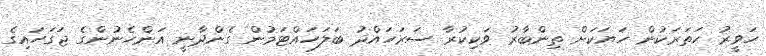
ހަވީރު ހަތަރަކުން ހަޔަކަށް ތިންބާރު ވަކިކުރާ ސަރަހައްދު ބަލަހައްޓަމުން ގެންދާނީ އަންހެނުންގެ ޖަގަހައިގެ